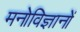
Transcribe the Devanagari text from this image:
मनोविज्ञानों